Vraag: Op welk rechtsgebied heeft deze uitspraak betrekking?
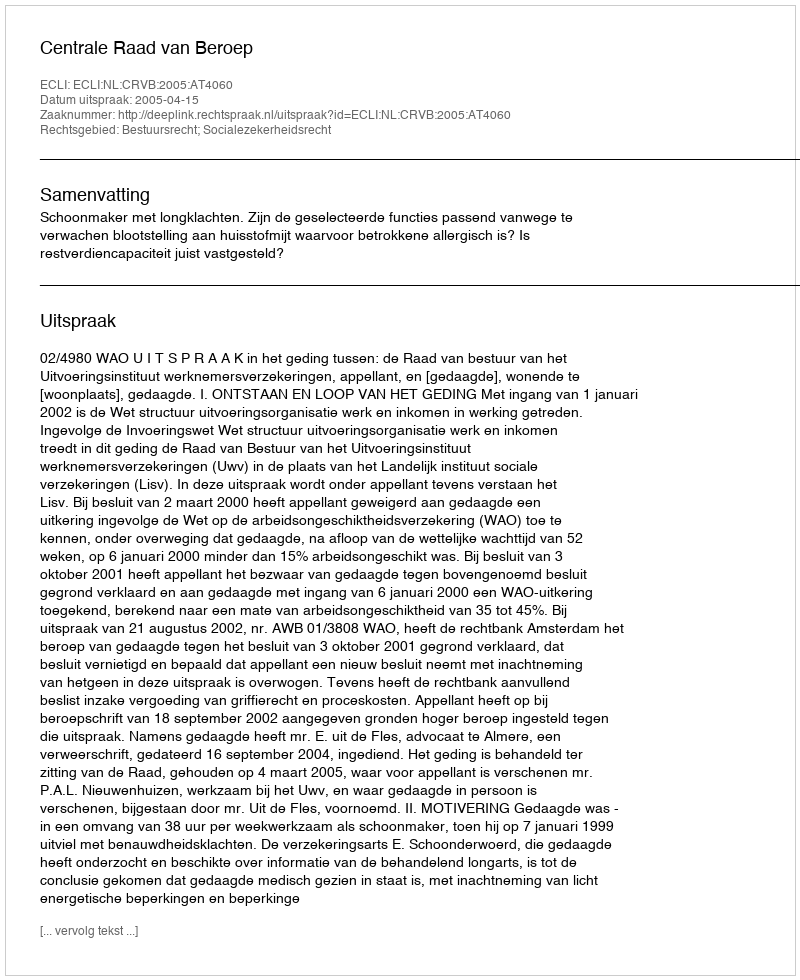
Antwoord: Bestuursrecht; Socialezekerheidsrecht